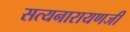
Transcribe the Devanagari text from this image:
सत्यनारायणजी